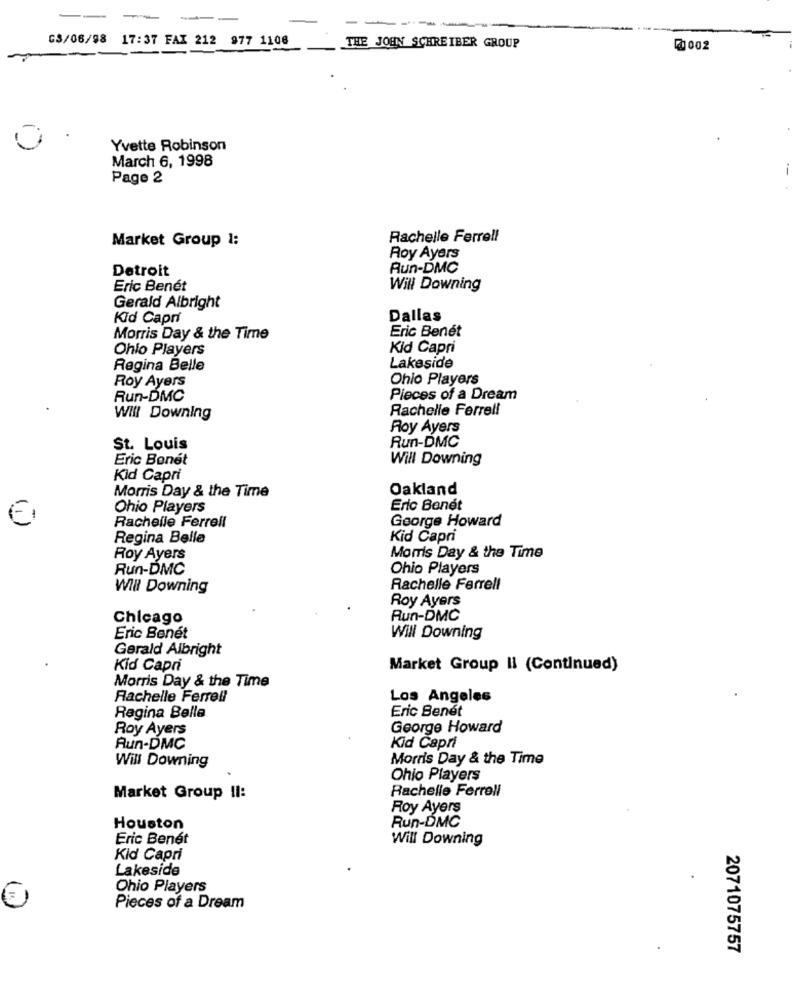
-- --
---
-----
G3/06/98 17:37 FAX 212 977 1108
THE JOHN SCHREIBER GROUP
@0002
Yvette Robinson
March 6, 1998
Page 2
Market Group 1:
Rachelle Ferrell
Roy Ayers
Detroit
Run-DMC
Eric Benét
Will Downing
Gerald Albright
Kid Capri
Dallas
Eric Benet
Morris Day & the Time
Ohlo Players
Kid Capri
Regina Belle
Lakeside
Roy Ayers
Ohio Players
Run-DMC
Pieces of a Dream
Rachelle Ferrell
Will Downing
Roy Ayers
Run-DMC
St. Louis
Eric Bonet
Will Downing
Kid Capri
Oakland
Morris Day & the Time
Ohio Players
Eric Benét
Rachelle Ferrell
George Howard
Regina Belle
Kid Capri
Roy Ayers
Morris Day & the Time
Run-DMC
Ohio Players
Will Downing
Rachelle Ferrell
Roy Ayers
Chicago
Run-DMC
Eric Benet
Will Downing
Gerald Albright
Kid Capri
Market Group II (Continued)
Morris Day & the Time
Rachelle Ferrell
Los Angeles
Eric Benet
Regina Bella
Roy Ayers
George Howard
Run-DMC
Kid Capri
Will Downing
Morris Day & the Time
Ohio Players
Rachelle Ferrell
Market Group Il:
Roy Ayers
Run-DMC
Houston
Eric Benet
Will Downing
Kid Capri
Lakeside
Ohio Players
Pieces of a Dream
2071075757